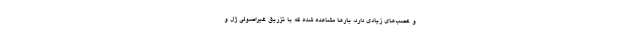
و عصب‌های زیادی دارد، بارها مشاهده شده که با تزریق غیراصولی ژل و